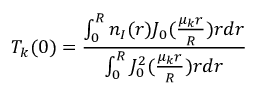
T _ { k } ( 0 ) = \frac { \int _ { 0 } ^ { R } n _ { I } ( r ) J _ { 0 } ( \frac { \mu _ { k } r } { R } ) r d r } { \int _ { 0 } ^ { R } J _ { 0 } ^ { 2 } ( \frac { \mu _ { k } r } { R } ) r d r }